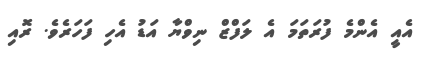
އެއީ އެންމެ ފުރަތަމަ އެ ލަފްޒް ނިވްޔާ އަޑު އެހި ފަހަރެވެ. ރޮއި